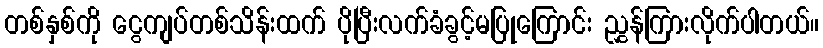
တစ်နှစ်ကို ငွေကျပ်တစ်သိန်းထက် ပိုပြီးလက်ခံခွင့်မပြုကြောင်း ညွှန်ကြားလိုက်ပါတယ်။